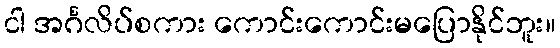
ငါ အင်္ဂလိပ်စကား ကောင်းကောင်းမပြောနိုင်ဘူး။